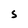
Character: S